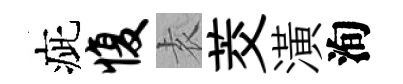
疵愎𡊮茭潢洵